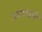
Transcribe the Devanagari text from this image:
आमगाछी